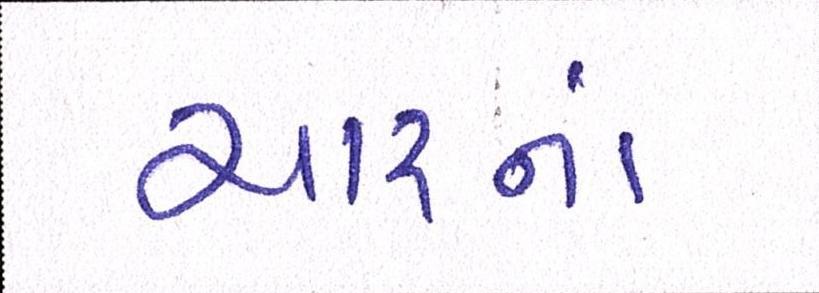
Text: ચારનાં